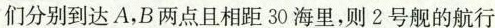
们分别到达A，B两点且相距30海里，则2号舰的航行